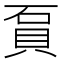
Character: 𧵔